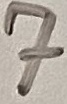
Text: 7